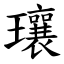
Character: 瓖